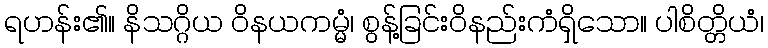
ရဟန်း၏။ နိသဂ္ဂိယ ဝိနယကမ္မံ၊ စွန့်ခြင်းဝိနည်းကံရှိသော။ ပါစိတ္တိယံ၊